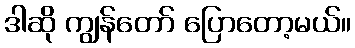
ဒါဆို ကျွန်တော် ပြောတော့မယ်။